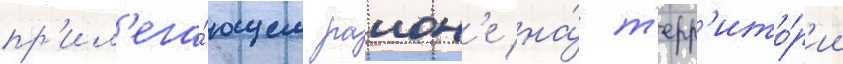
пр'ил'ега́ющем раион'е на́ т'ерр'ито́р'ии